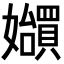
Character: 𪦲